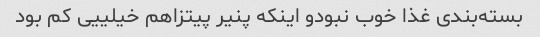
بسته‌بندی غذا خوب نبودو اینکه پنیر پیتزاهم خیلییی کم بود